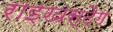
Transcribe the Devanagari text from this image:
राइखस्टैग